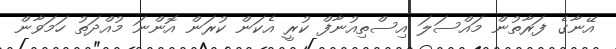
އޭނާގެ ފަރާތުން މައްސަލަ އިސްތިއުނާފް ކުރީ އެކަން ކުރަން އޮންނަ މުއްދަތު ހަމަވާން